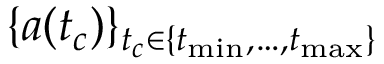
\{ a ( t _ { c } ) \} _ { t _ { c } \in \{ t _ { \operatorname* { m i n } } , \dots , t _ { \operatorname* { m a x } } \} }